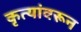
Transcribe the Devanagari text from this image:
कृत्यांवरून